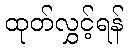
ထုတ်လွှင့်ရန်